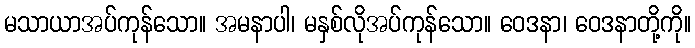
မသာယာအပ်ကုန်သော။ အမနာပါ၊ မနှစ်လိုအပ်ကုန်သော။ ဝေဒနာ၊ ဝေဒနာတို့ကို။